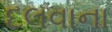
દલવાના